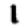
Digit: 1